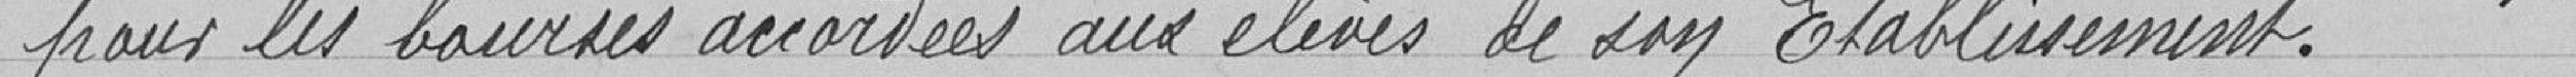
pour les bourses accordées aux élèves de son établissement.